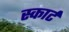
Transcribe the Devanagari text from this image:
स्कार्ट